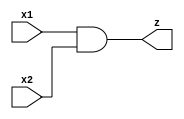
module my_and(x1, x2, z);

input x1, x2;
output z;

    and a(z, x1, x2);

endmodule